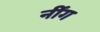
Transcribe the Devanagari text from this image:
नींग